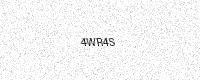
Text: 4WR4S